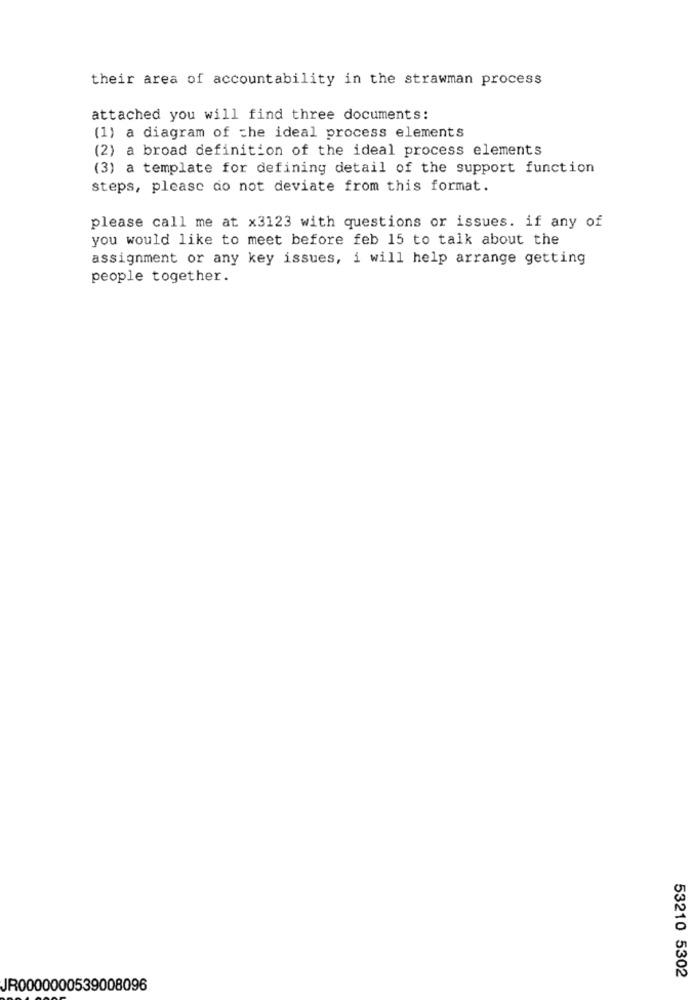
their area of accountability in the strawman process
attached you will find three documents:
(1) a diagram of the ideal process elements
(2) a broad definition of the ideal process elements
(3) a template for defining detail of the support function
steps, please do not deviate from this format.
please call me at x3123 with questions or issues. if any of
you would like to meet before feb 15 to talk about the
assignment or any key issues, i will help arrange getting
people together.
53210 5302
JR0000000539008096